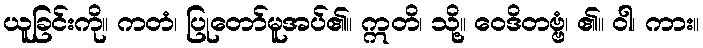
ယူခြင်းကို။ ကတံ၊ ပြုတော်မူအပ်၏။ ဣတိ၊ သို့။ ဝေဒိတဗ္ဗံ၊ ၏။ ဝါ၊ ကား။